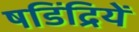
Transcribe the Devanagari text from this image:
षडिंद्रियें